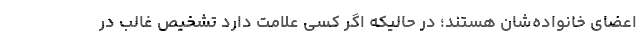
اعضای خانواده‌شان هستند؛ در حالیکه اگر کسی علامت دارد تشخیص غالب در